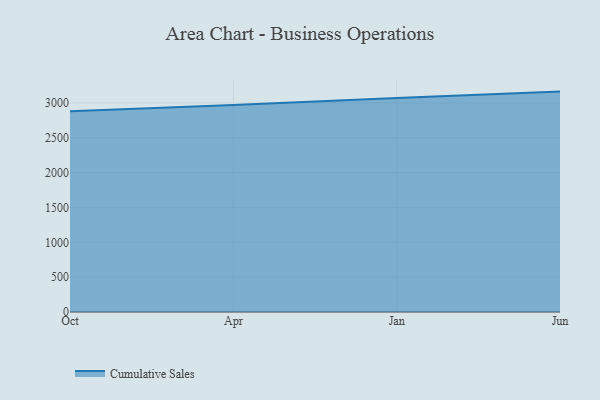
{"axis": {"x": "Month", "y": "Operating Costs (USD K)"}, "legend": ["Cumulative Sales"], "data": [{"x": "Oct", "y": 2880.7, "type": "Cumulative Sales"}, {"x": "Apr", "y": 2968.9, "type": "Cumulative Sales"}, {"x": "Jan", "y": 3070.3, "type": "Cumulative Sales"}, {"x": "Jun", "y": 3162.2, "type": "Cumulative Sales"}]}